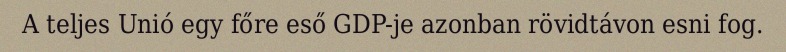
A teljes Unió egy főre eső GDP-je azonban rövidtávon esni fog.